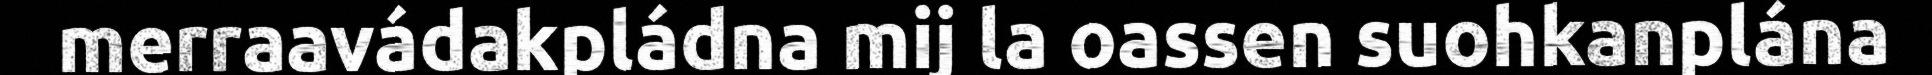
merraavádakpládna mij la oassen suohkanplána